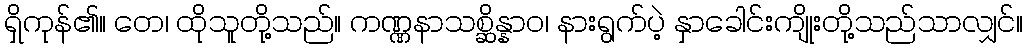
ရှိကုန်၏။ တေ၊ ထိုသူတို့သည်။ ကဏ္ဏနာသစ္ဆိန္နာဝ၊ နားရွက်ပဲ့ နှာခေါင်းကျိုးတို့သည်သာလျှင်။